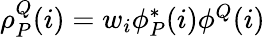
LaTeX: \begin{array}{r}{\rho_{P}^{Q}(i)=w_{i}\phi_{P}^{*}(i)\phi^{Q}(i)}\end{array}